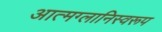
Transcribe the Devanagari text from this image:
आत्मग्लानिस्वरूप